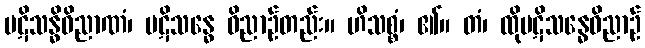
ပဋိသန္ဓိဝိညာဏံ၊ ပဋိသန္ဓေ ဝိညာဉ်တည်း။ ဟိသစ္စံ၊ ၏။ တံ၊ ထိုပဋိသန္ဓေဝိညာဉ်